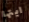
ايتها